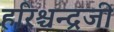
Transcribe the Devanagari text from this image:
हरिश्चन्द्रजी